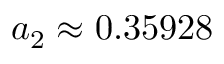
a _ { 2 } \approx 0 . 3 5 9 2 8